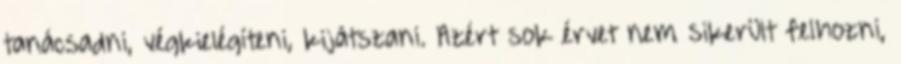
tanácsadni, végkielégíteni, kijátszani. Azért sok érvet nem sikerült felhozni,